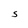
Character: S